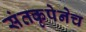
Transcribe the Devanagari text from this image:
संतकृपेनेच